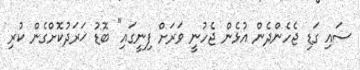
ސައި ގަޑި ޖެހެންދެން އުޅެން ޖެހުނީ ވަރަށް ފިނީގައި" ބޮޑު ޚަރަދުކޮށްގެން ކުރި